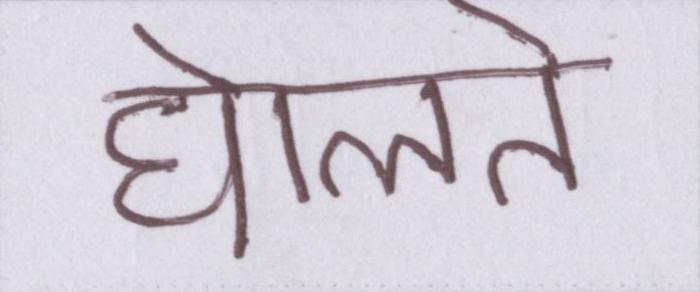
घेालते